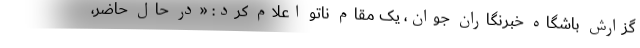
گزارش باشگاه خبرنگاران جوان، یک مقام ناتو اعلام کرد: «در حال حاضر،